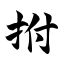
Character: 拊